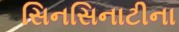
સિનસિનાટીના